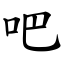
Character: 吧